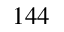
1 4 4